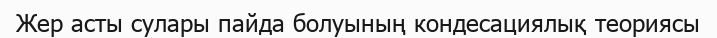
Жер асты сулары пайда болуының кондесациялық теориясы